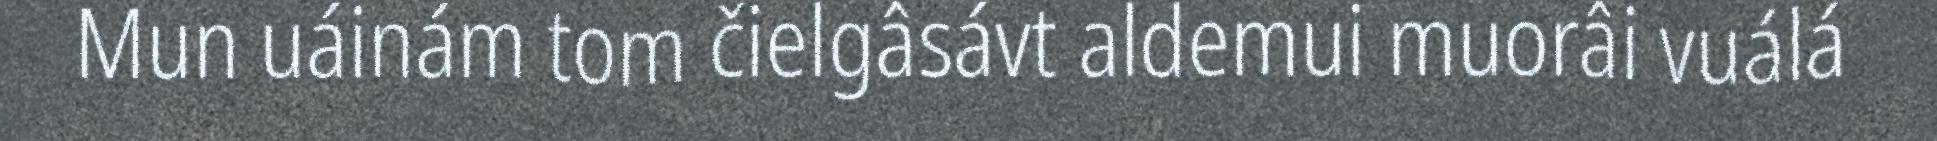
Mun uáinám tom čielgâsávt aldemui muorâi vuálá